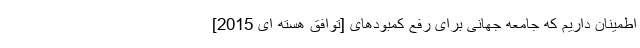
اطمینان داریم که جامعه جهانی برای رفع کمبودهای [توافق هسته ای 2015]